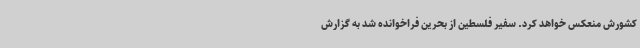
کشورش منعکس خواهد کرد. سفیر فلسطین از بحرین فراخوانده شد به گزارش